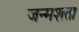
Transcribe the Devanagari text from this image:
जन्मशता